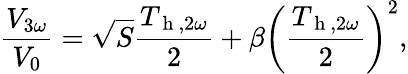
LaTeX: \frac{V_{3\omega}}{V_{0}}=\sqrt{S}\frac{T_{\mathrm{~h~},2\omega}}{2}+\beta\left(\frac{T_{\mathrm{~h~},2\omega}}{2}\right)^{2}{,}